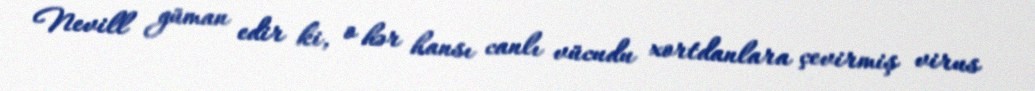
Nevill güman edir ki, o hər hansı canlı vücudu xortdanlara çevirmiş virus